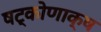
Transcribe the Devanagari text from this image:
षट्कोणाक्ष